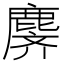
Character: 𬸾